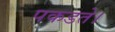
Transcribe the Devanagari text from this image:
पकडते।